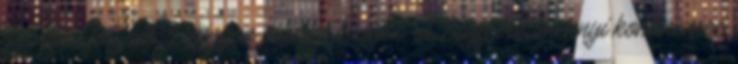
gyártási folyamat, nagyon büszke vagyok rá, hogy valamennyi kontinensre